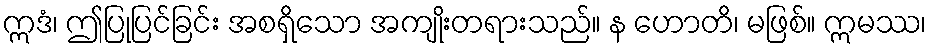
ဣဒံ၊ ဤပြုပြင်ခြင်း အစရှိသော အကျိုးတရားသည်။ န ဟောတိ၊ မဖြစ်။ ဣမဿ၊